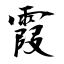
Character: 霞